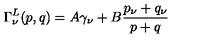
\Gamma _ { \nu } ^ { L } ( p , q ) = A \gamma _ { \nu } + B \frac { p _ { \nu } + q _ { \nu } } { p + q }